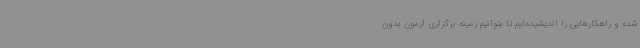
شده و راهکارهایی را اندیشیده‌ایم تا بتوانیم زمینه برگزاری آزمون بدون